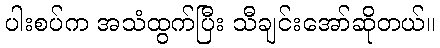
ပါးစပ်က အသံထွက်ပြီး သီချင်းအော်ဆိုတယ်။